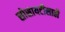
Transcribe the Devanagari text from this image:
सोसायटीसाठी